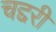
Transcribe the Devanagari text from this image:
चद्दरी